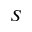
S